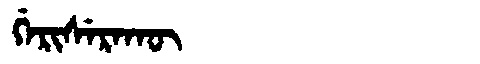
Manchu: ᡤᡝᡵᡳᠰᡝᡵᠠᡴᡡ
Romanization: GERISERAKŪ